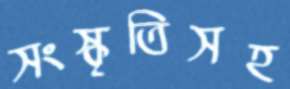
সংস্কৃতিসহ